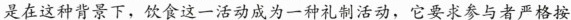
是在这种背 京下，饮食这一活动成为一种礼制活动，它要求参与者严格按